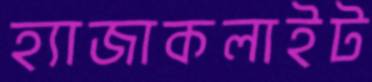
হ্যাজাকলাইট